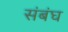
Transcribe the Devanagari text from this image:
संबंघ